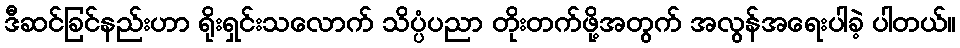
ဒီဆင်ခြင်နည်းဟာ ရိုးရှင်းသလောက် သိပ္ပံပညာ တိုးတက်ဖို့အတွက် အလွန်အရေးပါခဲ့ ပါတယ်။